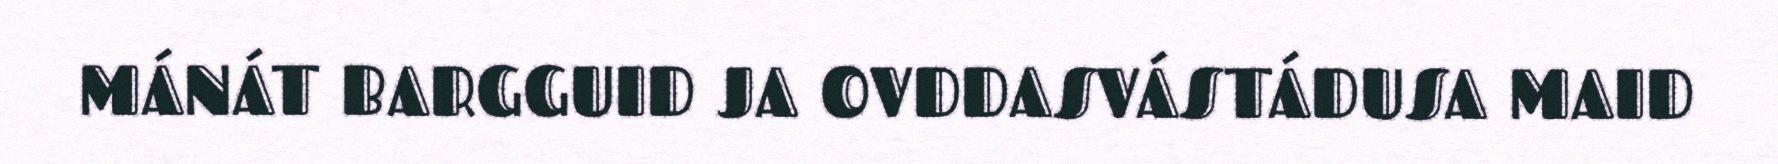
MÁNÁT BARGGUID JA OVDDASVÁSTÁDUSA MAID